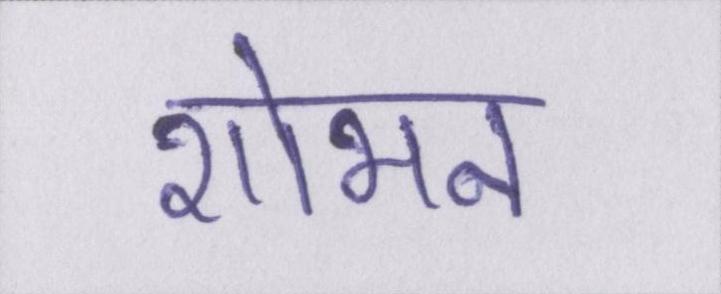
शोभन